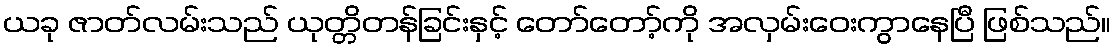
ယခု ဇာတ်လမ်းသည် ယုတ္တိတန်ခြင်းနှင့် တော်တော့်ကို အလှမ်းဝေးကွာနေပြီ ဖြစ်သည်။